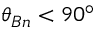
\theta _ { B n } < 9 0 ^ { \circ }